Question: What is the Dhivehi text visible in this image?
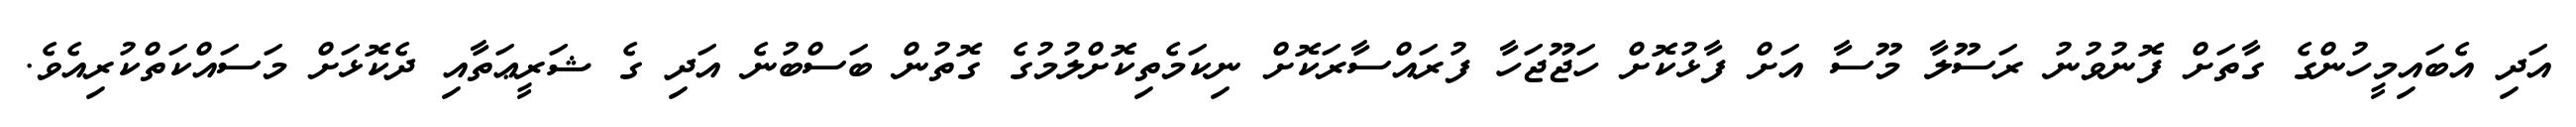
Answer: އަދި އެބައިމީހުންގެ ގާތަށް ފޮނުވުނު ރަސޫލާ މޫސާ އަށް ފާޅުކޮށް ހަޖޫޖަހާ ފުރައްސާރަކޮށް ނިކަމެތިކޮށްލުމުގެ ގޮތުން ބަސްބުނެ އަދި ގެ ޝަރީޢަތާއި ދެކޮޅަށް މަސައްކަތްކުރިއެވެ.